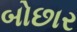
બોછાર